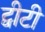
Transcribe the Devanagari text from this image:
ट्वीटी